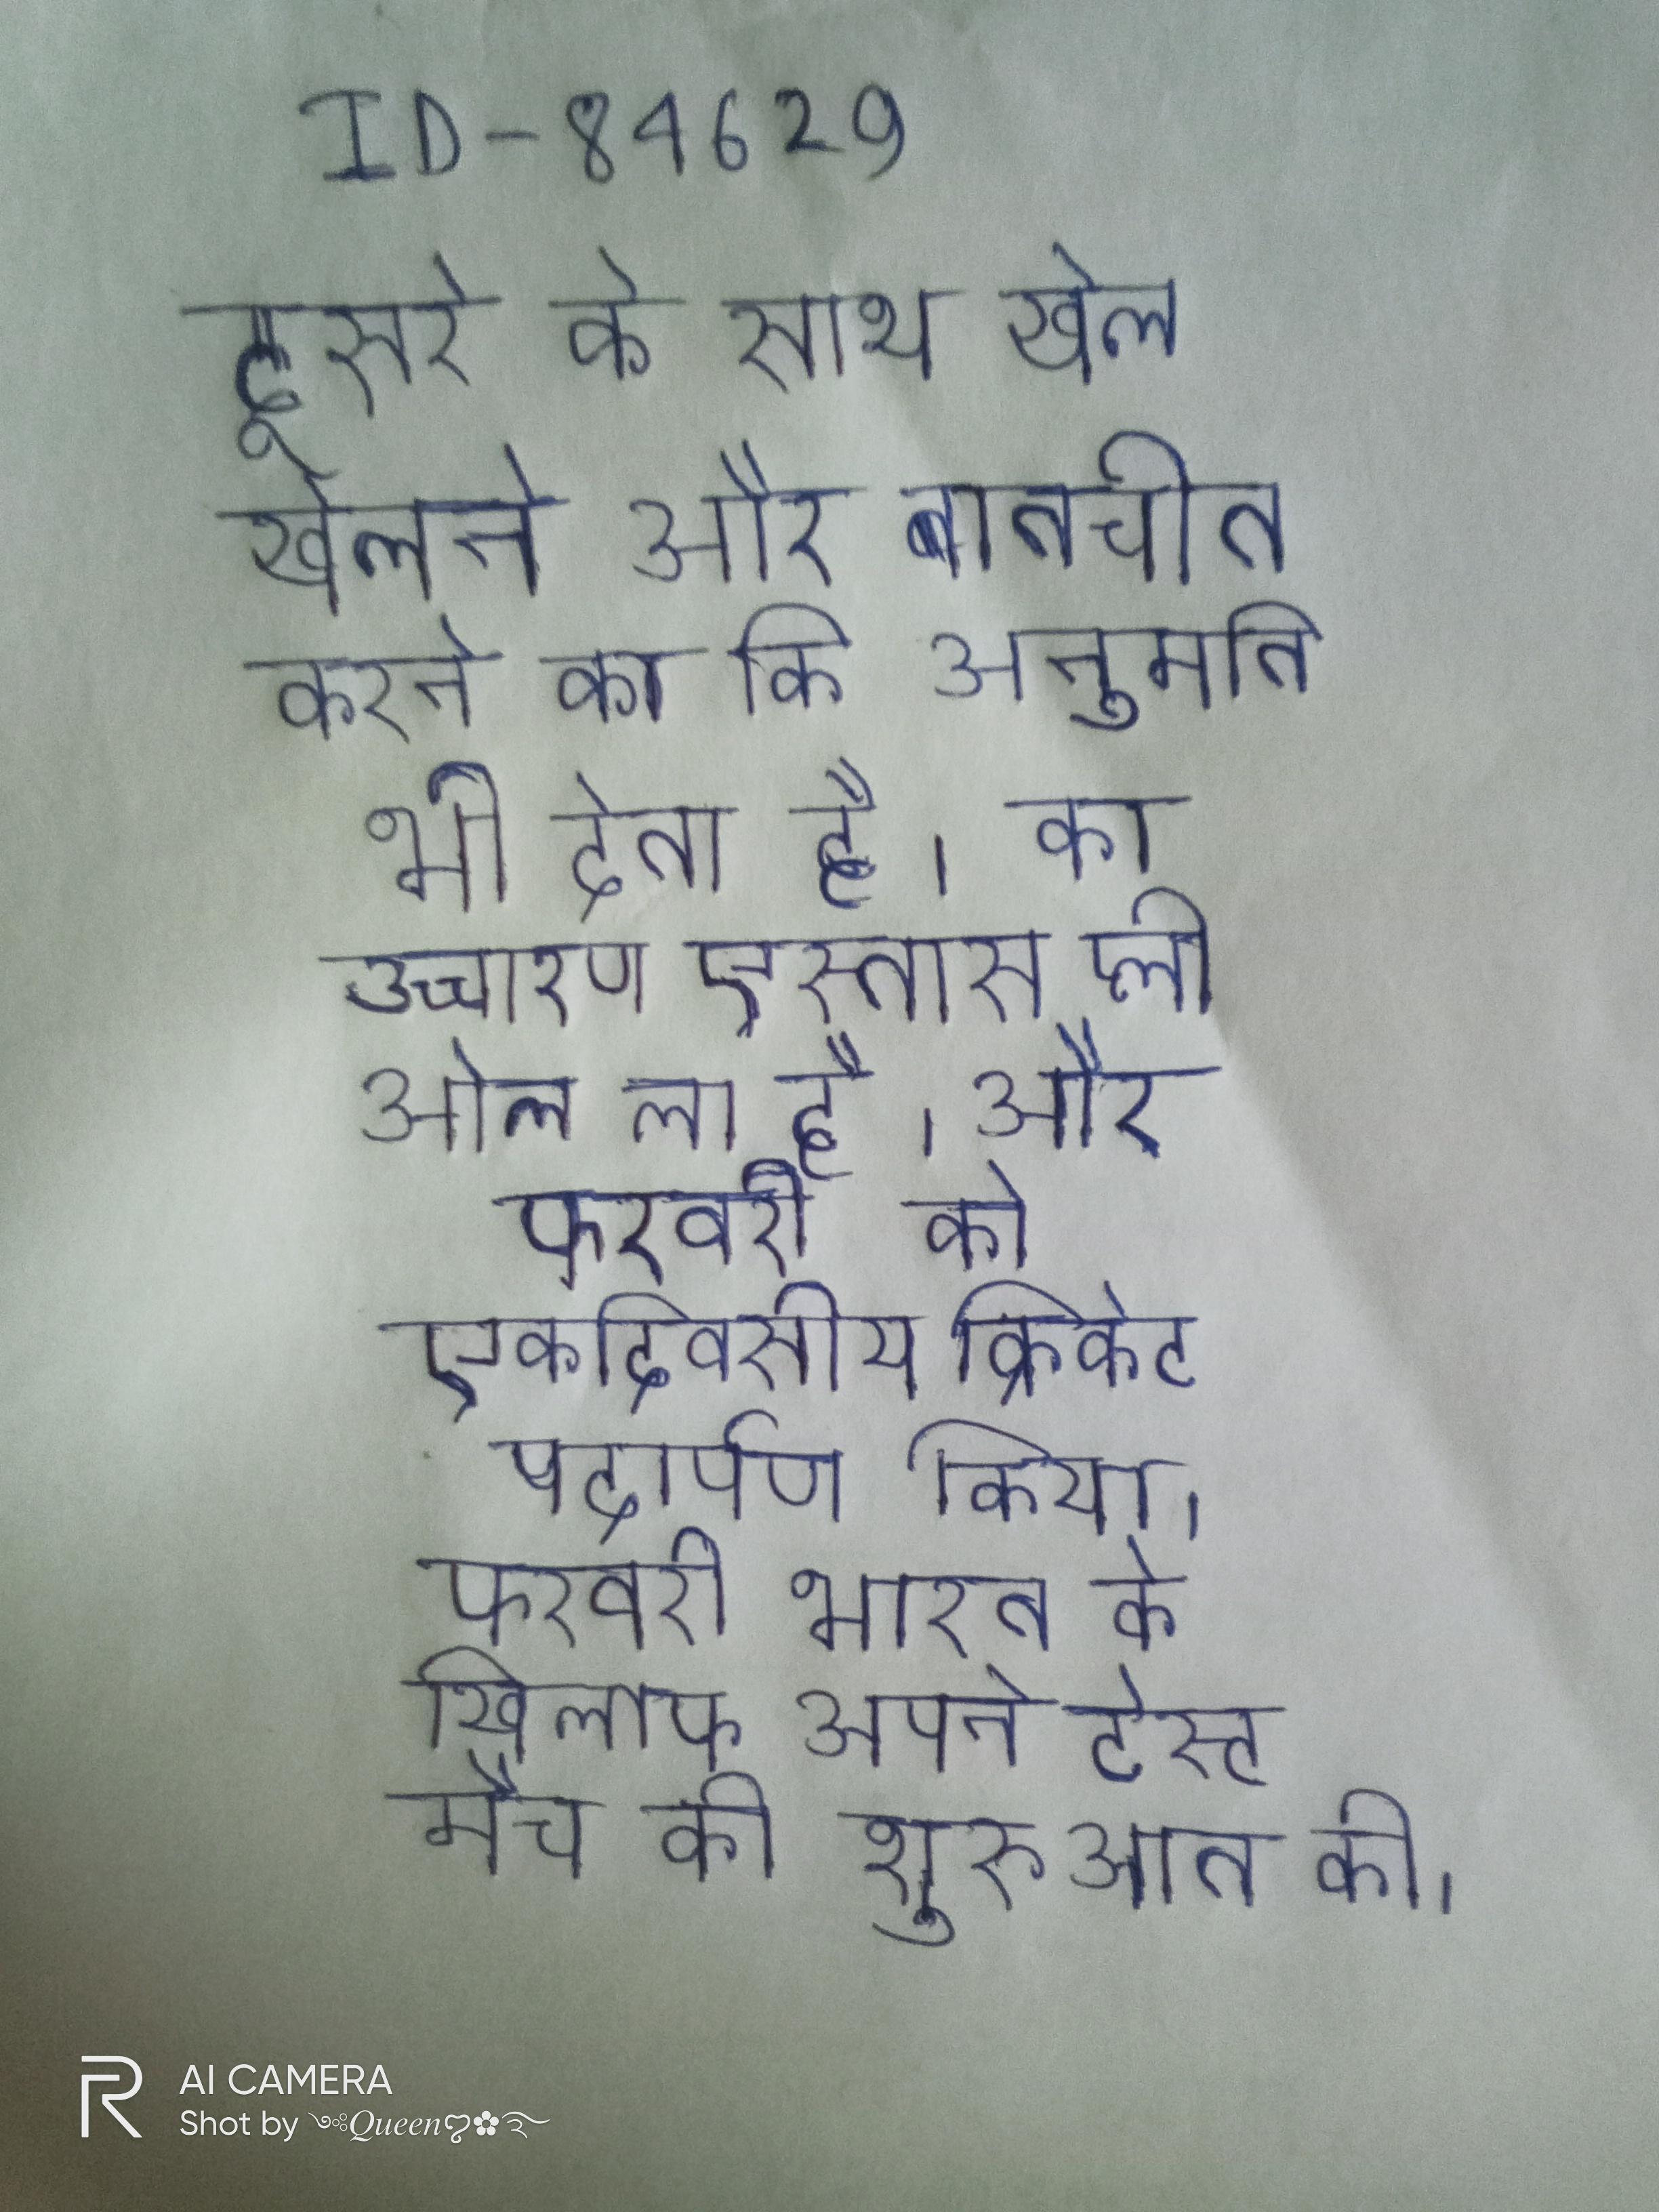
दूसरे के साथ खेल खेलने और बातचीत करने का कि अनुमति भी देता है । का उच्चारण एस्तास प्ली ओल ला है । और फरवरी को एकदिवसीय क्रिकेट पदार्पण किया । फरवरी भारत के खिलाफ अपने टेस्ट मैच की शुरुआत की ।